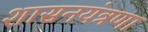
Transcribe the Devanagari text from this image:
शासनयंत्रणा